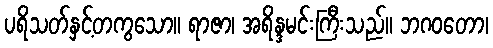
ပရိသတ်နှင့်တကွသော။ ရာဇာ၊ အရိန္ဒမင်းကြီးသည်။ ဘဂဝတော၊